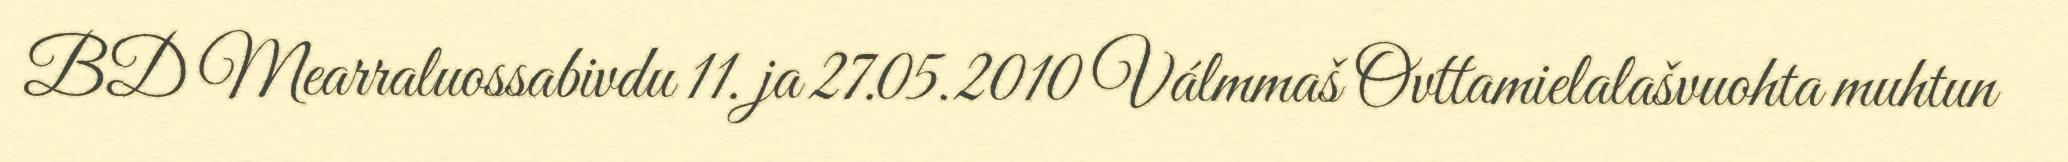
BD Mearraluossabivdu 11. ja 27.05.2010 Válmmaš Ovttamielalašvuohta muhtun